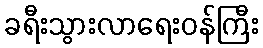
ခရီးသွားလာရေးဝန်ကြီး